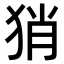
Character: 𤞚